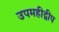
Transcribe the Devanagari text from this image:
उपमहीद्वीप